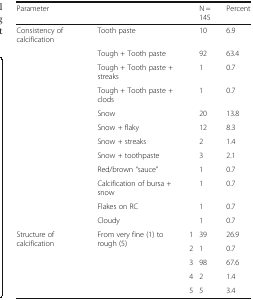
<table><thead><tr><td colspan="2"><b>Parameter</b></td><td></td><td><b>N = 145</b></td><td><b>Percent</b></td></tr></thead><tbody><tr><td>Consistency of calcification</td><td>Tooth paste</td><td></td><td>10</td><td>6.9</td></tr><tr><td></td><td>Tough + Tooth paste</td><td></td><td>92</td><td>63.4</td></tr><tr><td></td><td>Tough + Tooth paste + streaks</td><td></td><td>1</td><td>0.7</td></tr><tr><td></td><td>Tough + Tooth paste + clods</td><td></td><td>1</td><td>0.7</td></tr><tr><td></td><td>Snow</td><td></td><td>20</td><td>13.8</td></tr><tr><td></td><td>Snow + flaky</td><td></td><td>12</td><td>8.3</td></tr><tr><td></td><td>Snow + streaks</td><td></td><td>2</td><td>1.4</td></tr><tr><td></td><td>Snow + toothpaste</td><td></td><td>3</td><td>2.1</td></tr><tr><td></td><td>Red/brown “sauce”</td><td></td><td>1</td><td>0.7</td></tr><tr><td></td><td>Calcification of bursa + snow</td><td></td><td>1</td><td>0.7</td></tr><tr><td></td><td>Flakes on RC</td><td></td><td>1</td><td>0.7</td></tr><tr><td></td><td>Cloudy</td><td></td><td>1</td><td>0.7</td></tr><tr><td rowspan="5">Structure of calcification</td><td rowspan="5">From very fine (1) to rough (5)</td><td>1</td><td>39</td><td>26.9</td></tr><tr><td>2</td><td>1</td><td>0.7</td></tr><tr><td>3</td><td>98</td><td>67.6</td></tr><tr><td>4</td><td>2</td><td>1.4</td></tr><tr><td>5</td><td>5</td><td>3.4</td></tr></tbody></table>